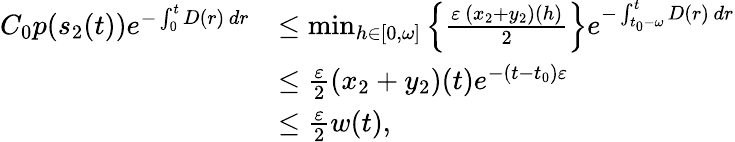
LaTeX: \begin{array}{rl}{C_{0}p(s_{2}(t))e^{-\int_{0}^{t}D(r)\, dr}}&{\leq\operatorname*{min}_{h\in[0,\omega]}\left\{ \frac{\varepsilon\, (x_{2}+y_{2})(h)}{2}\right\} e^{-\int_{t_{0}-\omega}^{t}D(r)\, dr}}\\ &{\leq\frac{\varepsilon}{2}(x_{2}+y_{2})(t)e^{-(t-t_{0})\varepsilon}}\\ &{\leq\frac{\varepsilon}{2}w(t),}\end{array}